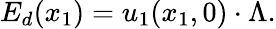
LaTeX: E_{d}(x_{1})=u_{1}(x_{1},0)\cdot\Lambda.